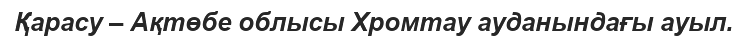
Қарасу – Ақтөбе облысы Хромтау ауданындағы ауыл.